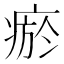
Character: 瘀